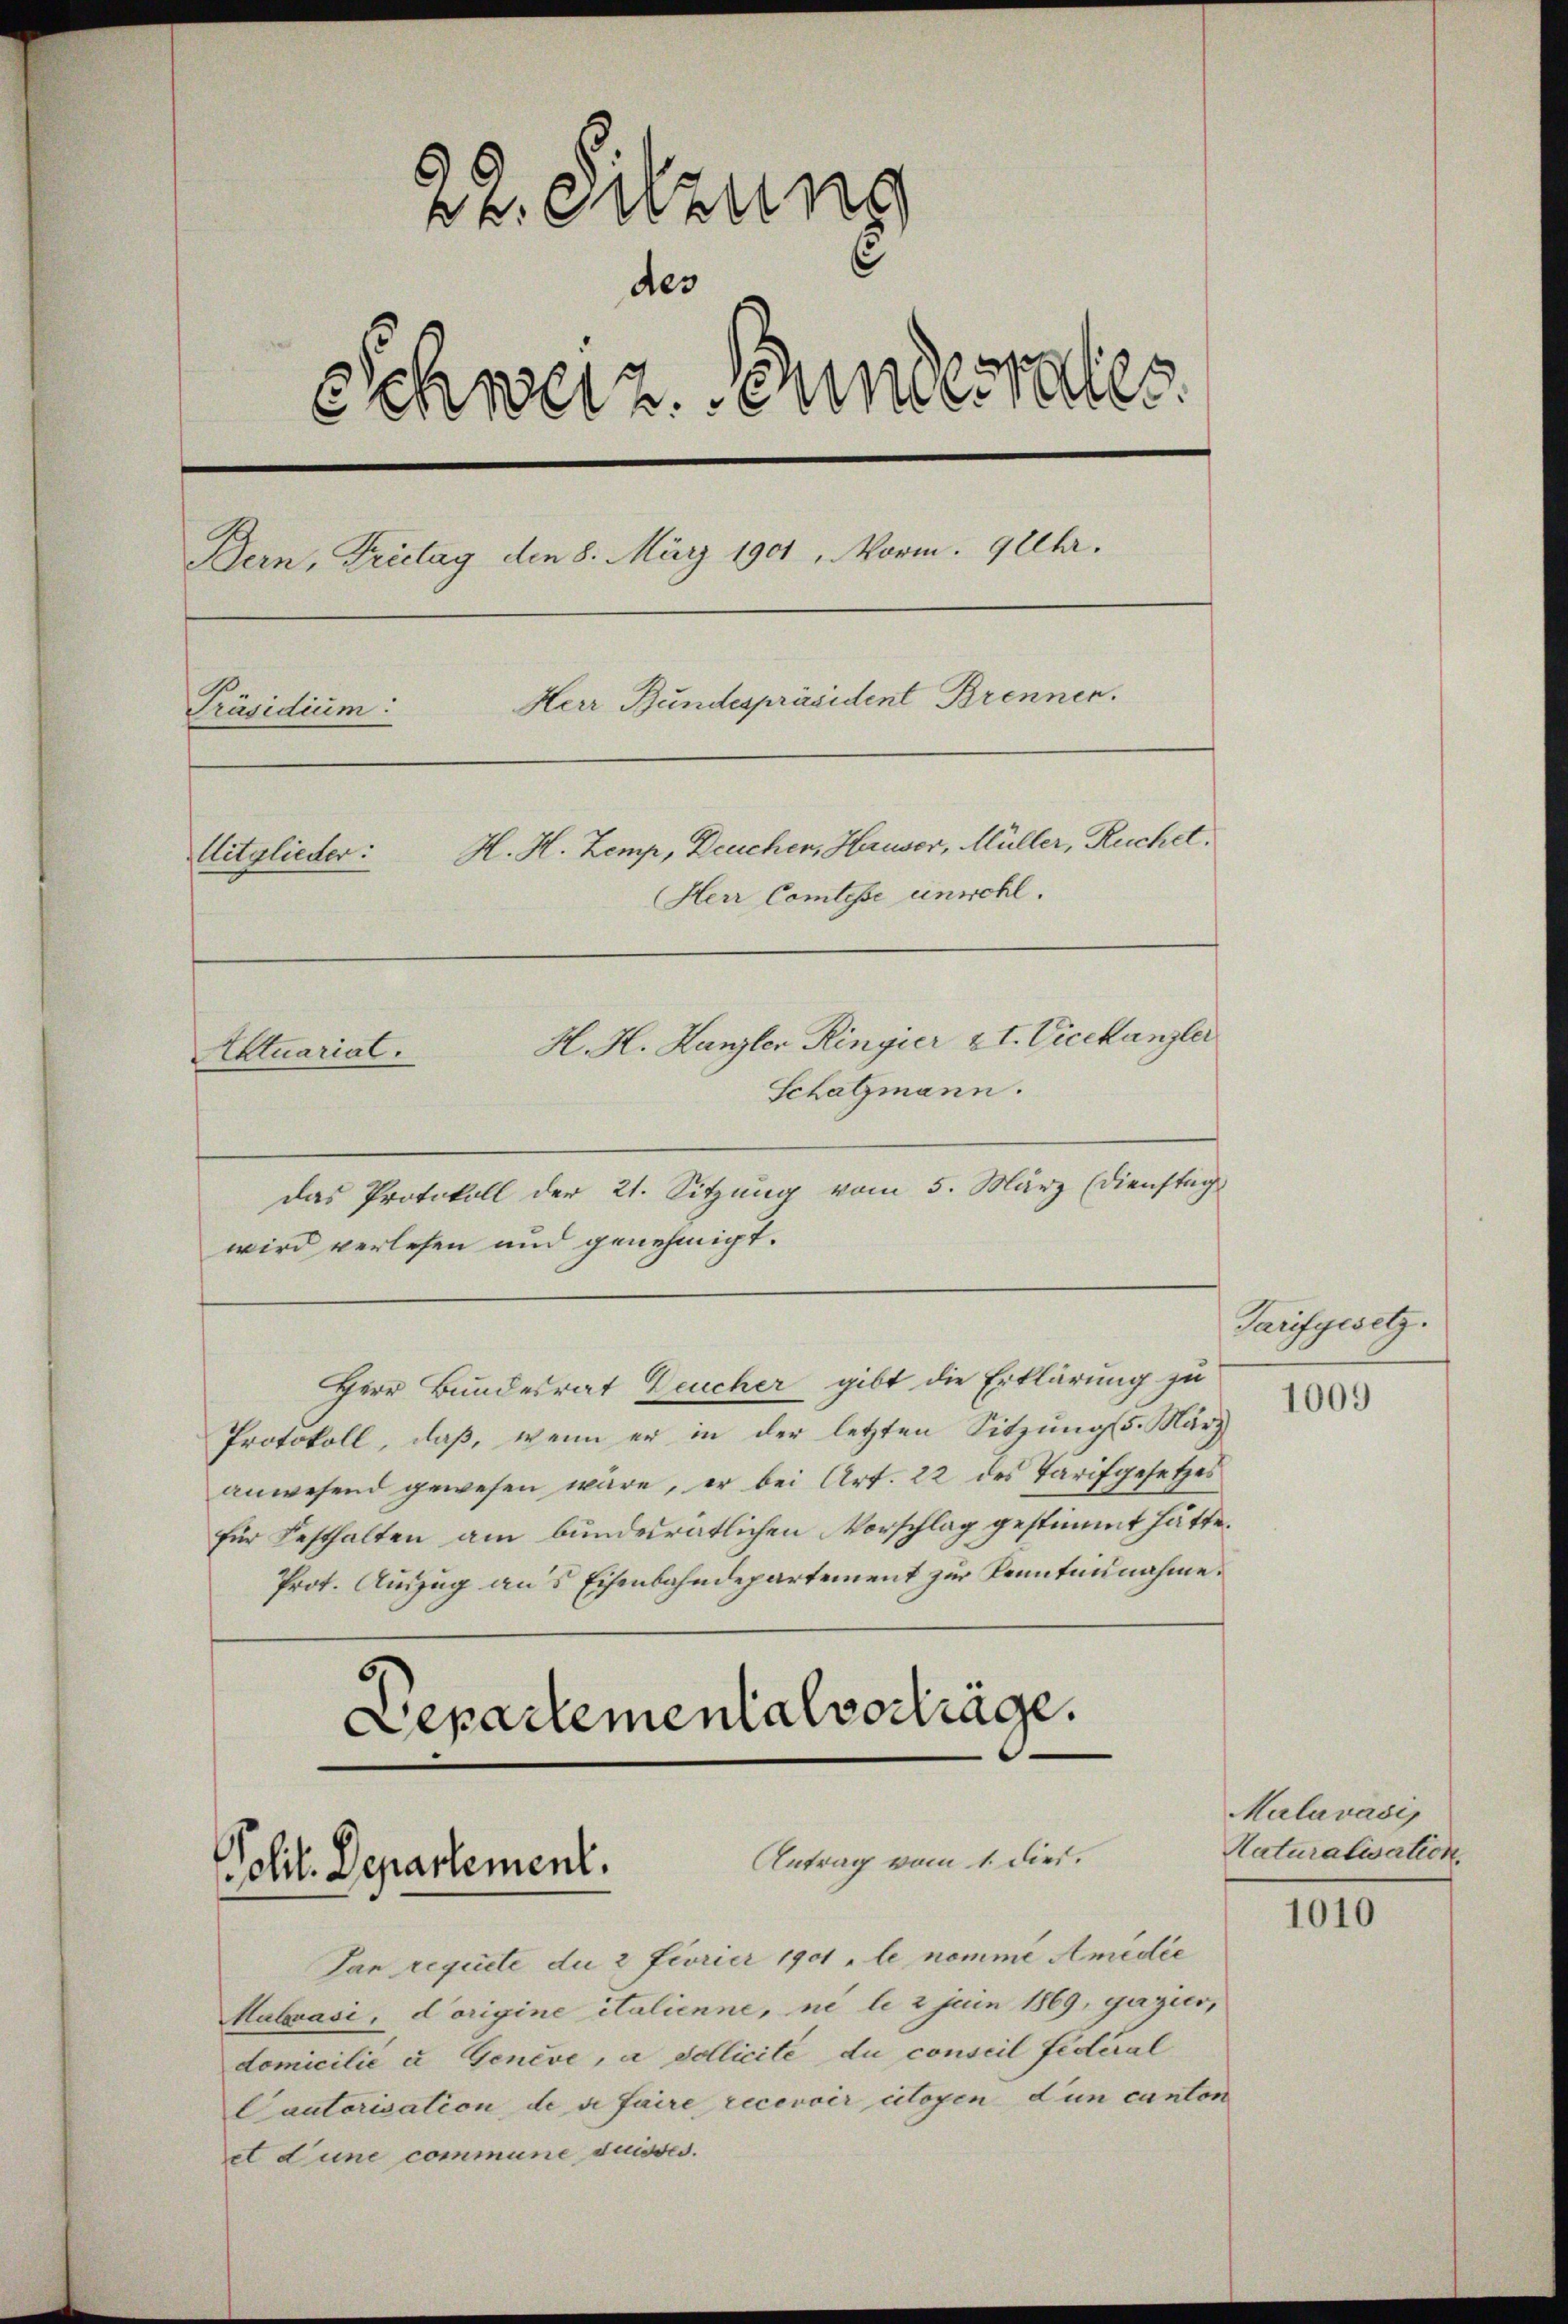
22. Sitzung
des
Schweiz. Bundesrates.
Bern, Trietag den 8. März 1901, Morin 9 Uhr.
Herr Bundespräsident Brennen.
Präsidium:
Mitglieder: H. H. Zemp, Deuchen, Hauser, Müller, Ruchel,
Herr Comtesse einwohl.
H. H. Hanzler Ringier 2 t. Vicekanzler
Aktuarial.
Schatzmann.

das Protokoll der 21. Sitzung vom 5. März (Dienstag
wird verlesen und genehmigt.
Herr Bundesrat Deucher gibt die Erklärung zu
Protokoll, daß, wenn er in der letzten Sitzungss. März
anwesend gewesen wäre, er bei Art. 22 des Tarifgesetzes
für Festhalten am bundesrätlichen Vorschlag gestimmt hätte.
Prot. Auszug aus Eisenbahndepartement zur Kenntennahme.
Departementalverträge.

Antrag vom 1. dies.
Polit. Departement.

Par requite du 2 Fiorier 1901 „le nomme Amedie
Mabrasi, Vorigine italienne, ne le 2 Juin 1869, gazier,
domicilie u Genève, à dollicité du conseil fédéral
Cautorisation de se faire recevoir citoyen dun canton
et dune commune desses.

Tarifgesetz.

1009

Malavasi
Naturalisation

1010